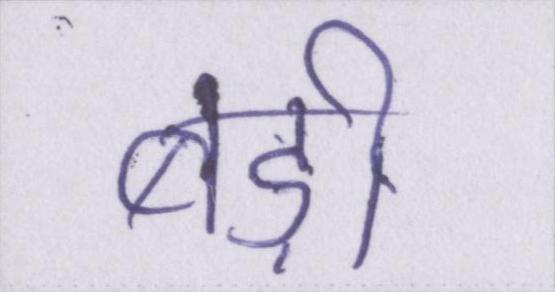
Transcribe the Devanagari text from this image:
बड़ी